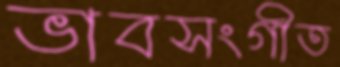
ভাবসংগীত